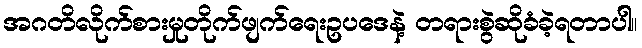
အဂတိလိုက်စားမှုတိုက်ဖျက်ရေးဥပဒေနဲ့ တရားစွဲဆိုခံခဲ့ရတာပါ။